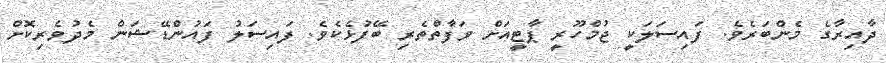
ދާއިރާގެ މެންބަރެވެ. ފައިސަލަކީ ޖުމްހޫރީ ޕާޓީއަށް ވަފާތްތެރި ބޭފުޅެކެވެ. ފައިސަލު ފައުންޑޭޝަން މެދުވެރިކޮށް